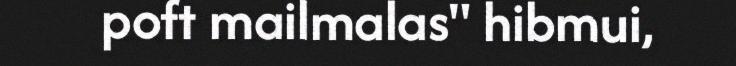
poft mailmalas" hibmui,